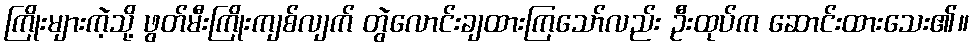
ကြိုးများကဲ့သို့ ဖွတ်မီးကြိုးကျစ်လျက် တွဲလောင်းချထားကြသော်လည်း ဦးထုပ်က ဆောင်းထားသေး၏။